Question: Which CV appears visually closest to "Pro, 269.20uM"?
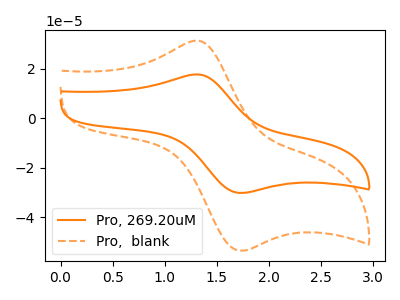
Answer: <think>The orange curve "Pro, 269.20uM" has an anodic peak at (1.30V, 17.65uA) and a cathodic peak at (1.75V, -30.20uA). The orange dashed curve "Pro,  blank" has an anodic peak at (1.30V, 31.25uA) and a cathodic peak at (1.75V, -53.55uA).
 All the peaks in "Pro, 269.20uM" have a peak in "Pro,  blank" at the same potential. Every peak in "Pro, 269.20uM" is lower than every peak in "Pro,  blank".</think>
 <answer>The CV with the most similar shape to "Pro,  blank" is "Pro, 269.20uM".</answer>
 <eval>"Pro, 269.20uM"</eval>